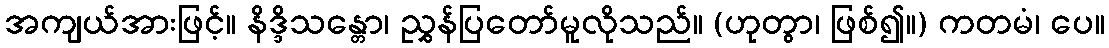
အကျယ်အားဖြင့်။ နိဒ္ဒိသန္တော၊ ညွှန်ပြတော်မူလိုသည်။ (ဟုတွာ၊ ဖြစ်၍။) ကတမံ၊ ပေ။